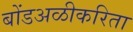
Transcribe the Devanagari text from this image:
बोंडअळीकरिता